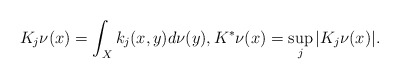
\begin{align*}K_{j}\nu(x)=\int_{X}k_j(x,y)d\nu(y), K^{*}\nu(x)=\sup_{j}\vert K_j\nu(x)\vert.\end{align*}